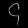
Digit: ၄